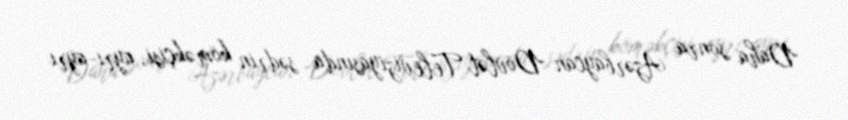
Daha sonra Azərbaycan Dövlət Televiziyasında sədrin köməkçisi, ayrı-ayrı